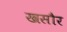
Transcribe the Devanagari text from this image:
खसौर